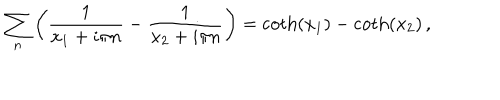
\sum _ { n } \left( \frac { 1 } { x _ { 1 } + i \pi n } - \frac { 1 } { x _ { 2 } + i \pi n } \right) = \coth ( x _ { 1 } ) - \coth ( x _ { 2 } ) \, ,